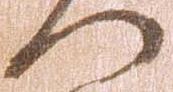
門